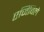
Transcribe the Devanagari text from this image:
एजिविले